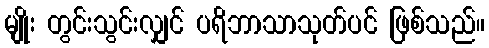
မျိုး တွင်းသွင်းလျှင် ပရိဘာသာသုတ်ပင် ဖြစ်သည်။